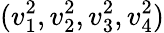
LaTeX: (v_{1}^{2},v_{2}^{2},v_{3}^{2},v_{4}^{2})